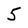
Character: 5